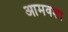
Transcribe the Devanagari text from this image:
आमवशा